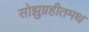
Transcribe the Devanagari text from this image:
सोझुग्रहीतमथ